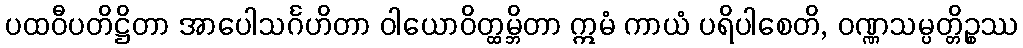
ပထဝီပတိဋ္ဌိတာ အာပေါသင်္ဂဟိတာ ဝါယောဝိတ္ထမ္ဘိတာ ဣမံ ကာယံ ပရိပါစေတိ, ဝဏ္ဏသမ္ပတ္တိဉ္စဿ